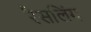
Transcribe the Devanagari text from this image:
रैसलिंग